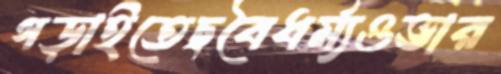
গড়াইতেছবৈধর্ম্যওভার